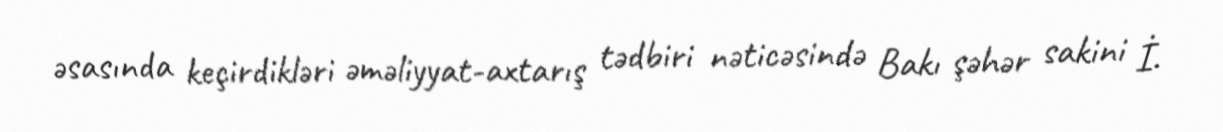
əsasında keçirdikləri əməliyyat-axtarış tədbiri nəticəsində Bakı şəhər sakini İ.